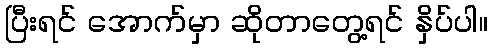
ပြီးရင် အောက်မှာ ဆိုတာတွေ့ရင် နှိပ်ပါ။